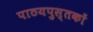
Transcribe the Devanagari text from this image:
पाठयपुस्तकों